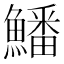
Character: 鱕